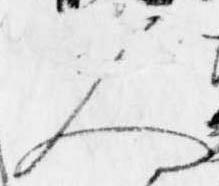
人